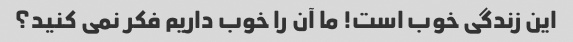
این زندگی خوب است! ما آن را خوب داریم فکر نمی کنید؟